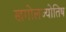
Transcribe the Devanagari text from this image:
खगोलज्योतिष